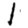
Digit: 1